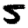
Digit: 5